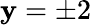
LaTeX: \mathbf{y}=\pm2